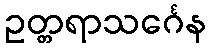
ဥတ္တရာသင်္ဂေန